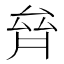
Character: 𠫼